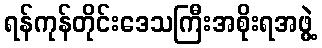
ရန်ကုန်တိုင်းဒေသကြီးအစိုးရအဖွဲ့